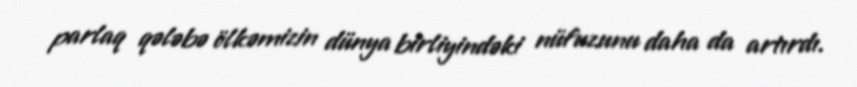
parlaq qələbə ölkəmizin dünya birliyindəki nüfuzunu daha da artırdı.